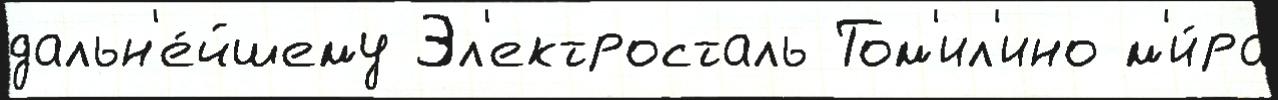
дальн'е́йшему Эл'ектросталь Том'ил'ино м'и́ра